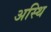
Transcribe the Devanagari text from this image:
अस्‍थि